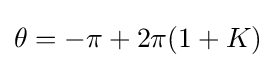
\theta =-\pi +2\pi (1+K)